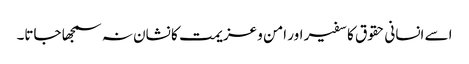
اسے انسانی حقوق کا سفیر اور امن و عزیمت کا نشان نہ سمجھا جاتا۔